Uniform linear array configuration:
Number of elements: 48
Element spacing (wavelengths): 0.25
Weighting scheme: blackman
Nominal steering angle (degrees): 15
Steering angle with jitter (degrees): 16.13
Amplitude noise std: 0.05
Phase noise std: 0.05

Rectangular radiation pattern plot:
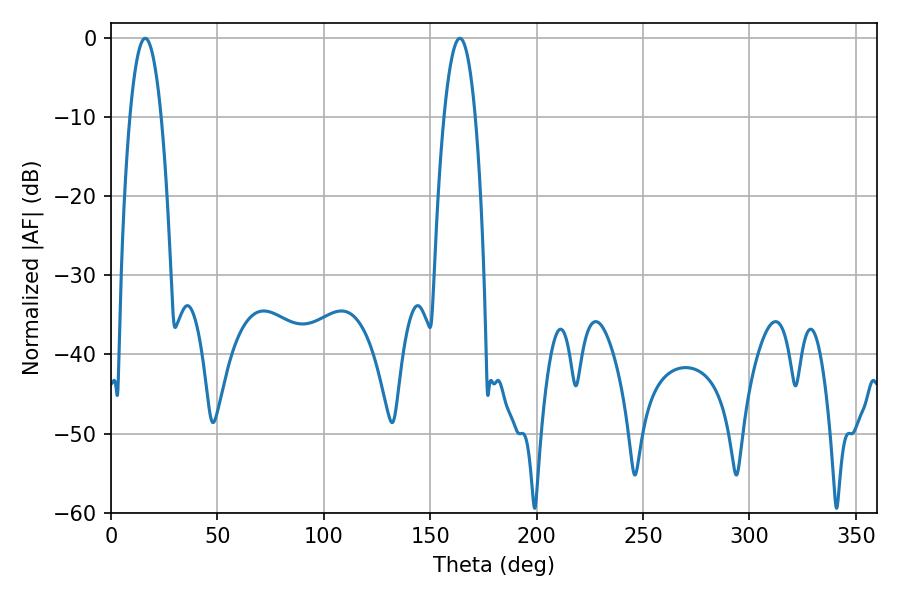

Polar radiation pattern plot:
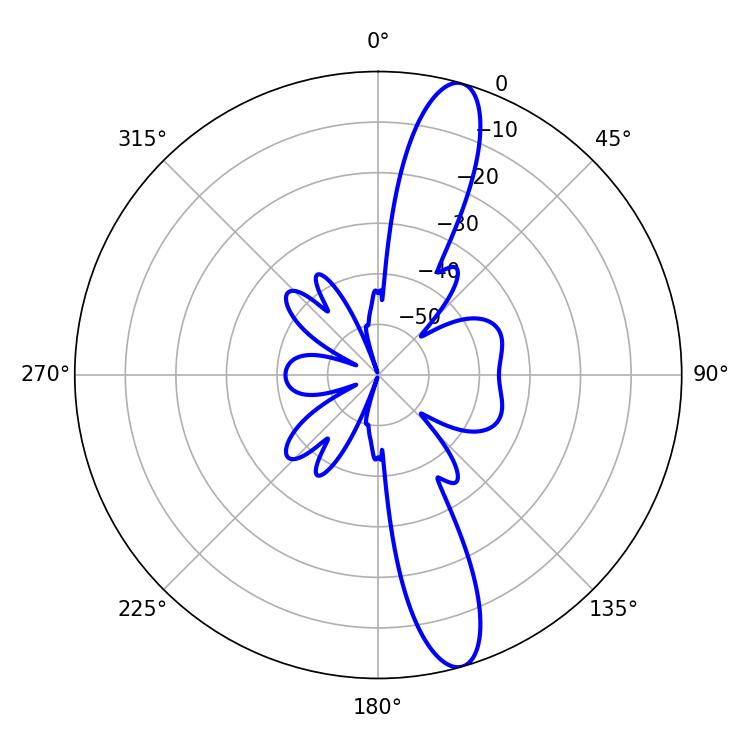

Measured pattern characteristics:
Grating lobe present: FALSE
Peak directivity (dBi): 13.73
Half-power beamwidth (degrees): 8.1
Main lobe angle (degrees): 16.02